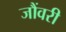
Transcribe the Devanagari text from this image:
जौंवरी